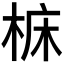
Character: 𪲝